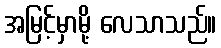
အမြင့်မှာမို့ လေသာသည်။